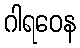
ဂါရဝေန